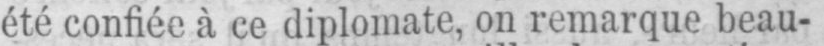
été confiée à ce diplomate, on remarque beau-